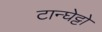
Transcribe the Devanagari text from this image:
टान्घेट्टो